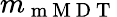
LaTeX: m_{\mathrm{~m~M~D~T~}}